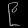
Digit: ၉